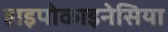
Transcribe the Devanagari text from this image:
हाइपोकाइनेसिया